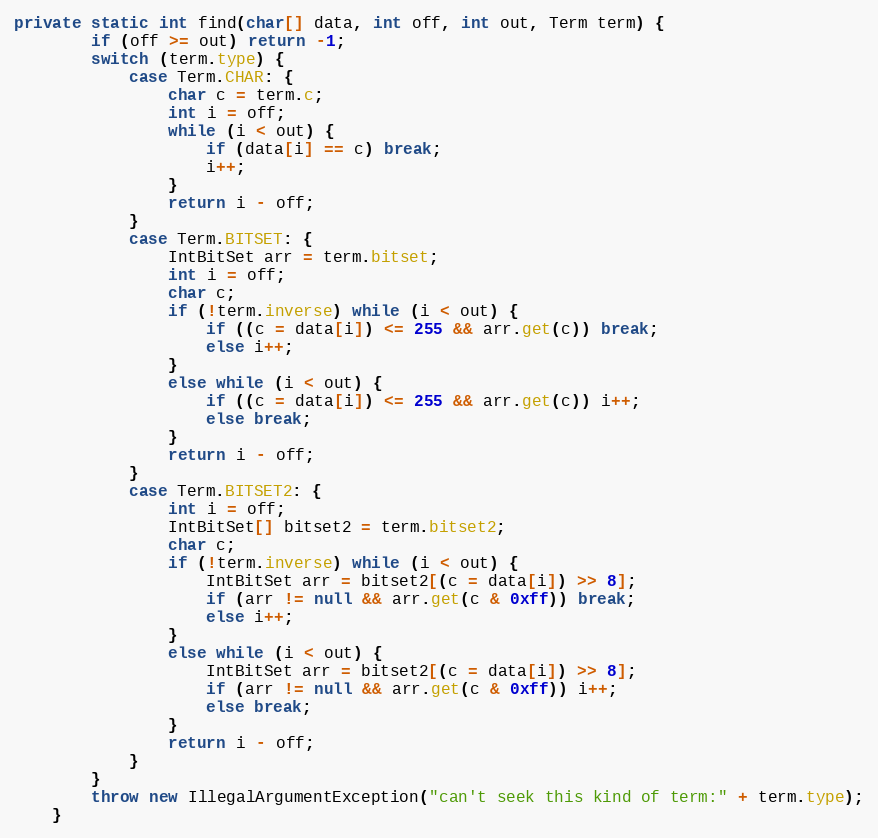
Language: Java
private static int find(char[] data, int off, int out, Term term) {
        if (off >= out) return -1;
        switch (term.type) {
            case Term.CHAR: {
                char c = term.c;
                int i = off;
                while (i < out) {
                    if (data[i] == c) break;
                    i++;
                }
                return i - off;
            }
            case Term.BITSET: {
                IntBitSet arr = term.bitset;
                int i = off;
                char c;
                if (!term.inverse) while (i < out) {
                    if ((c = data[i]) <= 255 && arr.get(c)) break;
                    else i++;
                }
                else while (i < out) {
                    if ((c = data[i]) <= 255 && arr.get(c)) i++;
                    else break;
                }
                return i - off;
            }
            case Term.BITSET2: {
                int i = off;
                IntBitSet[] bitset2 = term.bitset2;
                char c;
                if (!term.inverse) while (i < out) {
                    IntBitSet arr = bitset2[(c = data[i]) >> 8];
                    if (arr != null && arr.get(c & 0xff)) break;
                    else i++;
                }
                else while (i < out) {
                    IntBitSet arr = bitset2[(c = data[i]) >> 8];
                    if (arr != null && arr.get(c & 0xff)) i++;
                    else break;
                }
                return i - off;
            }
        }
        throw new IllegalArgumentException("can't seek this kind of term:" + term.type);
    }